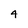
Character: 4